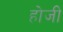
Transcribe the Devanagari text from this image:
होजी